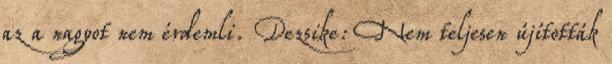
az a nagyot nem érdemli. Dezsike: Nem teljesen újították